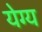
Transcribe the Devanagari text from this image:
येग्य